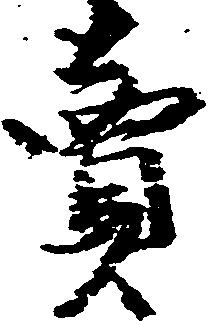
売